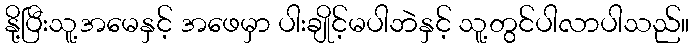
နို့ပြီးသူ့အမေနှင့် အဖေမှာ ပါးချိုင့်မပါဘဲနှင့် သူ့တွင်ပါလာပါသည်။